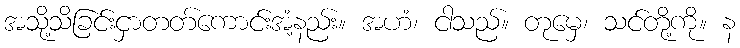
အသို့သိခြင်းငှာတတ်ကောင်းအံ့နည်း။ အဟံ၊ ငါသည်။ တုမှေ၊ သင်တို့ကို။ န